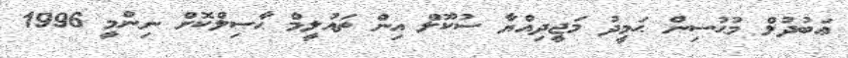
ޢަބުދުލް މުޙުސިން ޙަމީދު މަޖީދިއްޔާ ސުކޫލް އިން ތައުލީމް ޙާޞިލްކޮށް ނިންމީ 1996